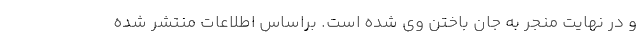
و در نهایت منجر به جان باختن وی شده است. براساس اطلاعات منتشر شده